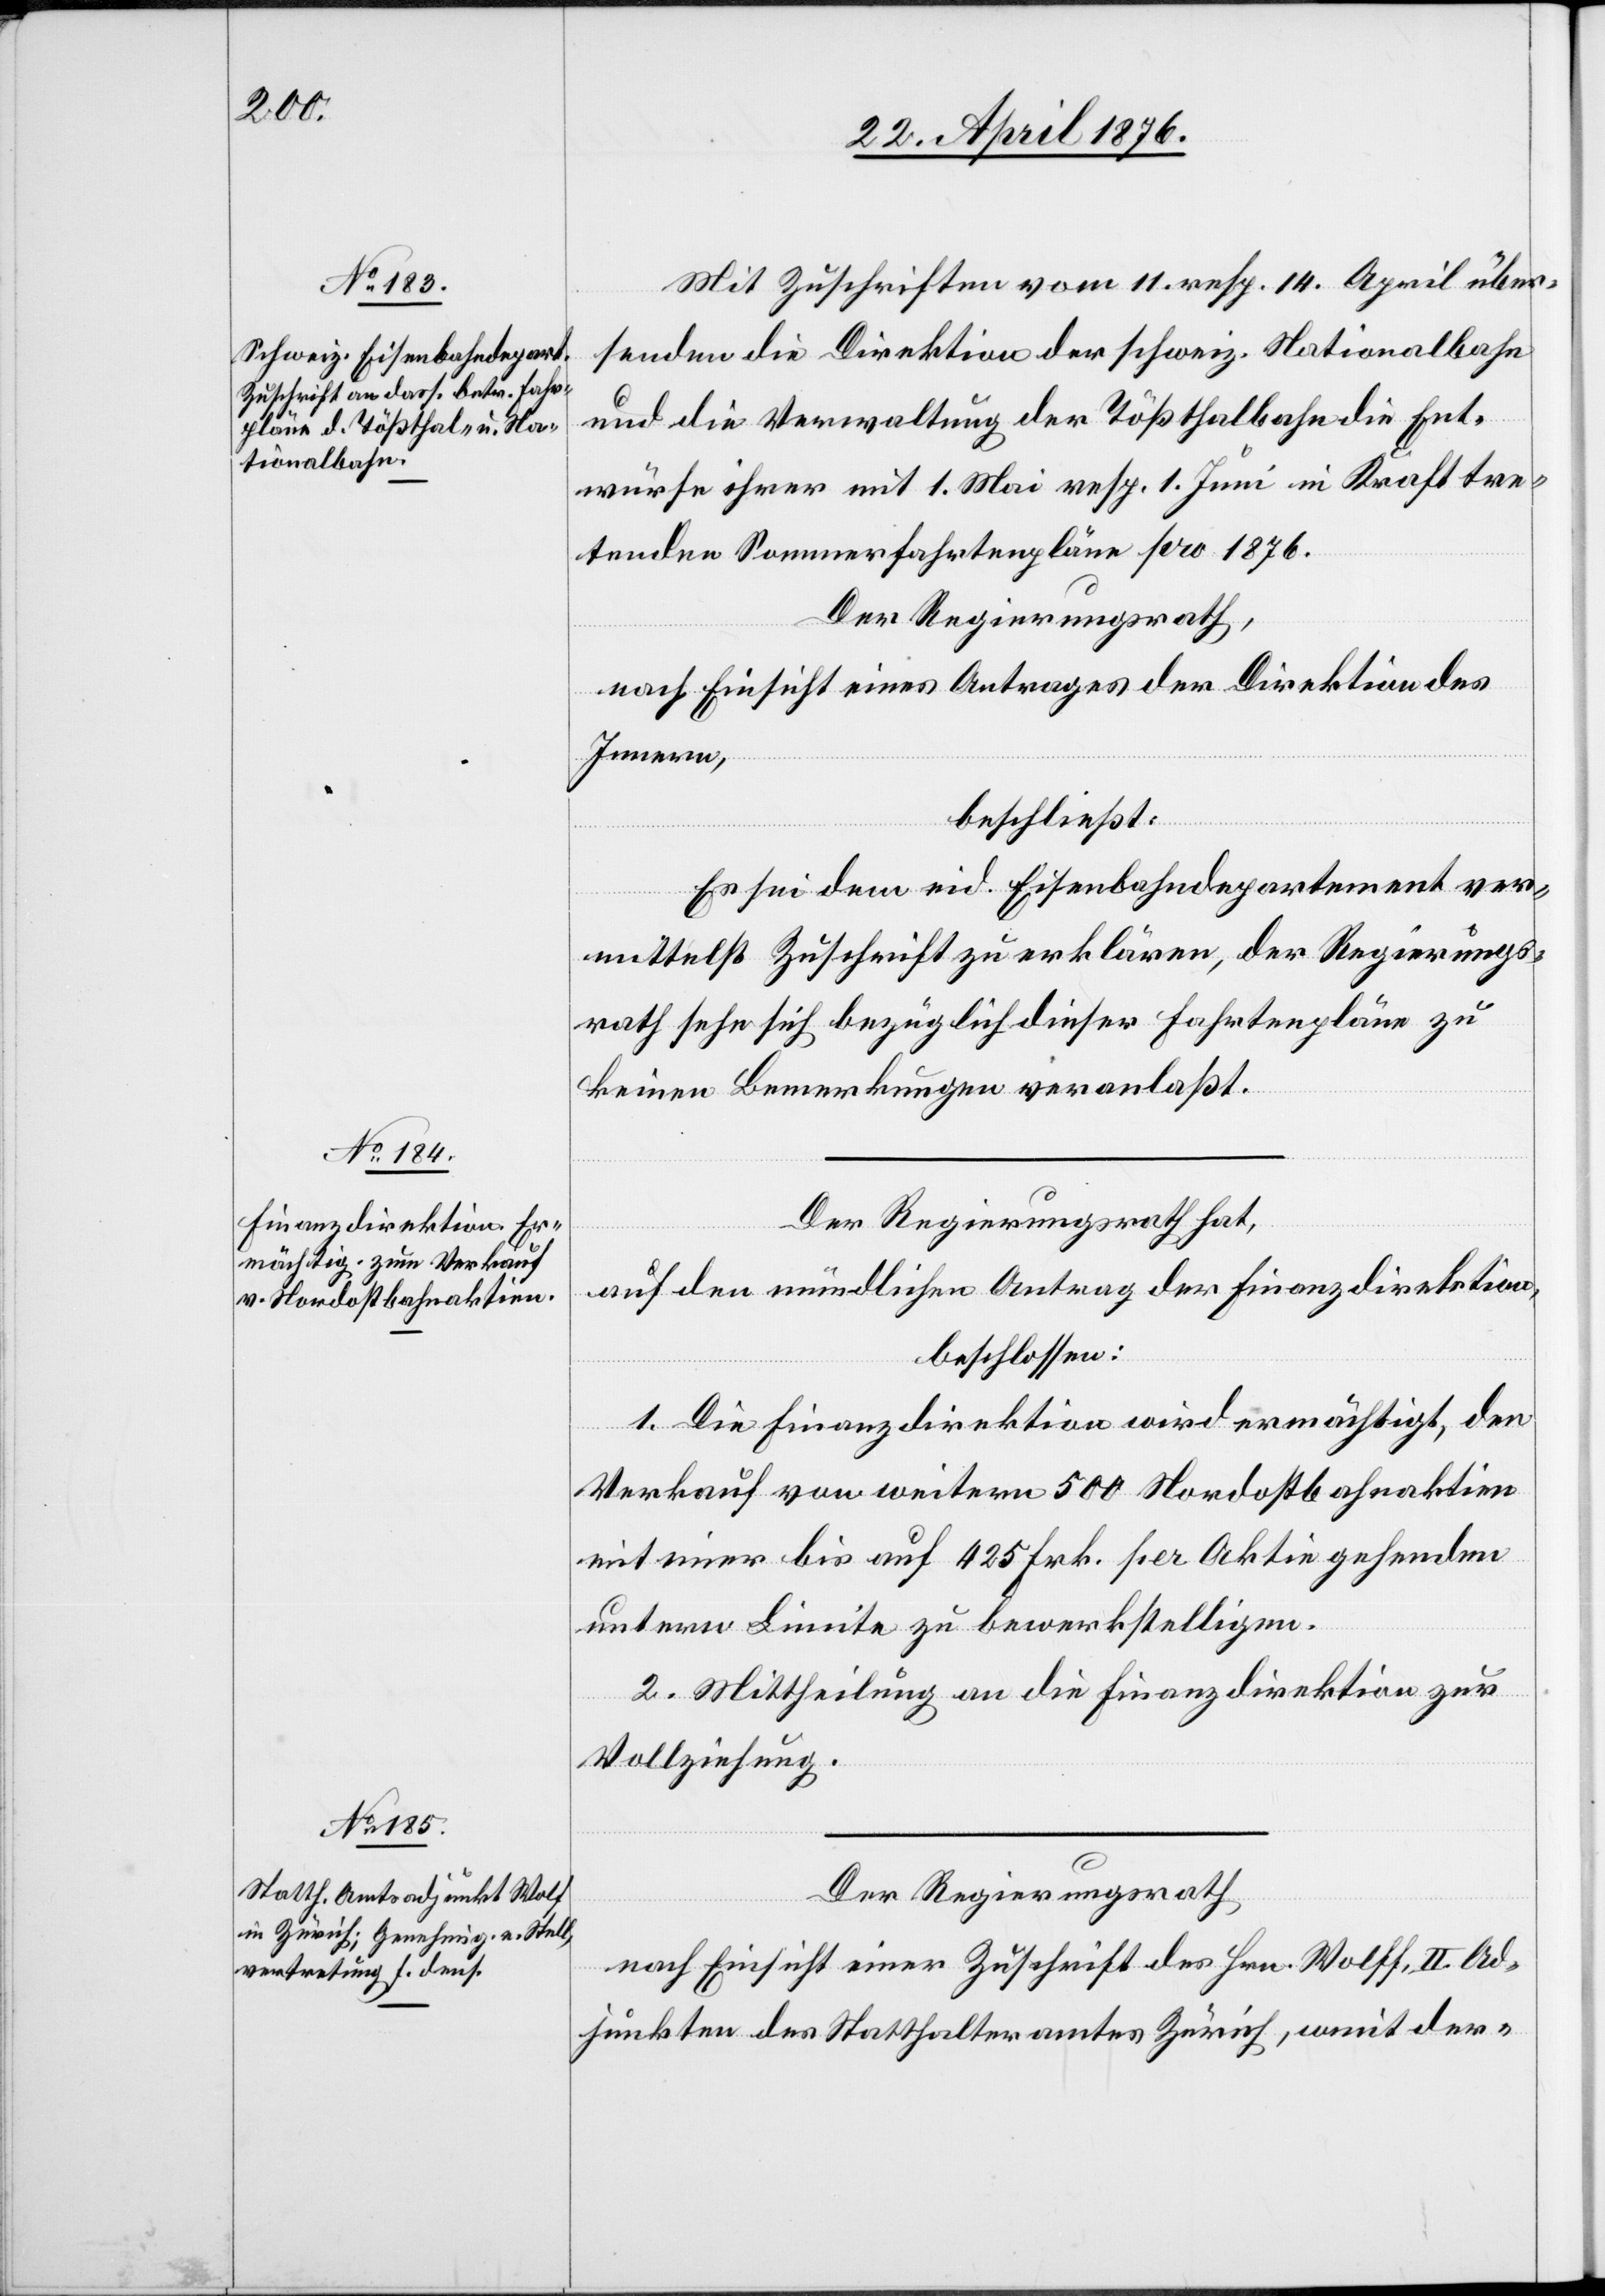
Mit Zuschriften vom 11. resp. 14. April über¬
senden die Direktion der schweiz. Nationalbahn
und die Verwaltung der Tößthalbahn die Ent¬
würfe ihrer mit 1. Mai resp. 1. Juni in Kraft tre¬
tenden Sommerfahrtenpläne pro 1876.
Der Regierungsrath,
nach Einsicht eines Antrages der Direktion des
Innern,
beschließt:
Es sei dem eid. Eisenbahndepartement ver¬
mittelst Zuschrift zu erklären, der Regierungs¬
rath sehe sich bezüglich dieser Fahrtenpläne zu
keinen Bemerkungen veranlaßt.
Der Regierungsrath hat,
auf den mündlichen Antrag der Finanzdirektion
beschlossen:
1. Die Finanzdirektion wird ermächtigt, den
Verkauf von weitern 500 Nordostbahnaktien
mit einer bis auf 425 Frk. per Aktie gehenden
Ad¬
untern Limite zu bewerkstelligen.
2. Mittheilung an die Finanzdirektion zur
Vollziehung.
Der Regierungsrath,
nach Einsicht einer Zuschrift des Hrn. Wolff [sic!],
junkten des Statthalteramtes Zürich, w[o]mit der-